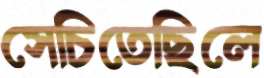
সেচিতেছিলে